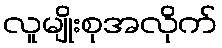
လူမျိုးစုအလိုက်